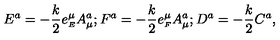
E ^ { a } = - \frac { k } { 2 } e _ { \scriptscriptstyle E } ^ { \mu } A _ { \mu } ^ { a } ; F ^ { a } = - \frac { k } { 2 } e _ { \scriptscriptstyle F } ^ { \mu } A _ { \mu } ^ { a } ; D ^ { a } = - \frac { k } { 2 } C ^ { a } ,